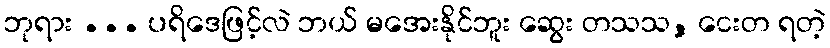
ဘုရား ... ပရိဒေဖြင့်လဲ ဘယ် မအေးနိုင်ဘူး ဆွေး တသသ, ငေးတ ရတဲ့